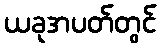
ယခုအပတ်တွင်